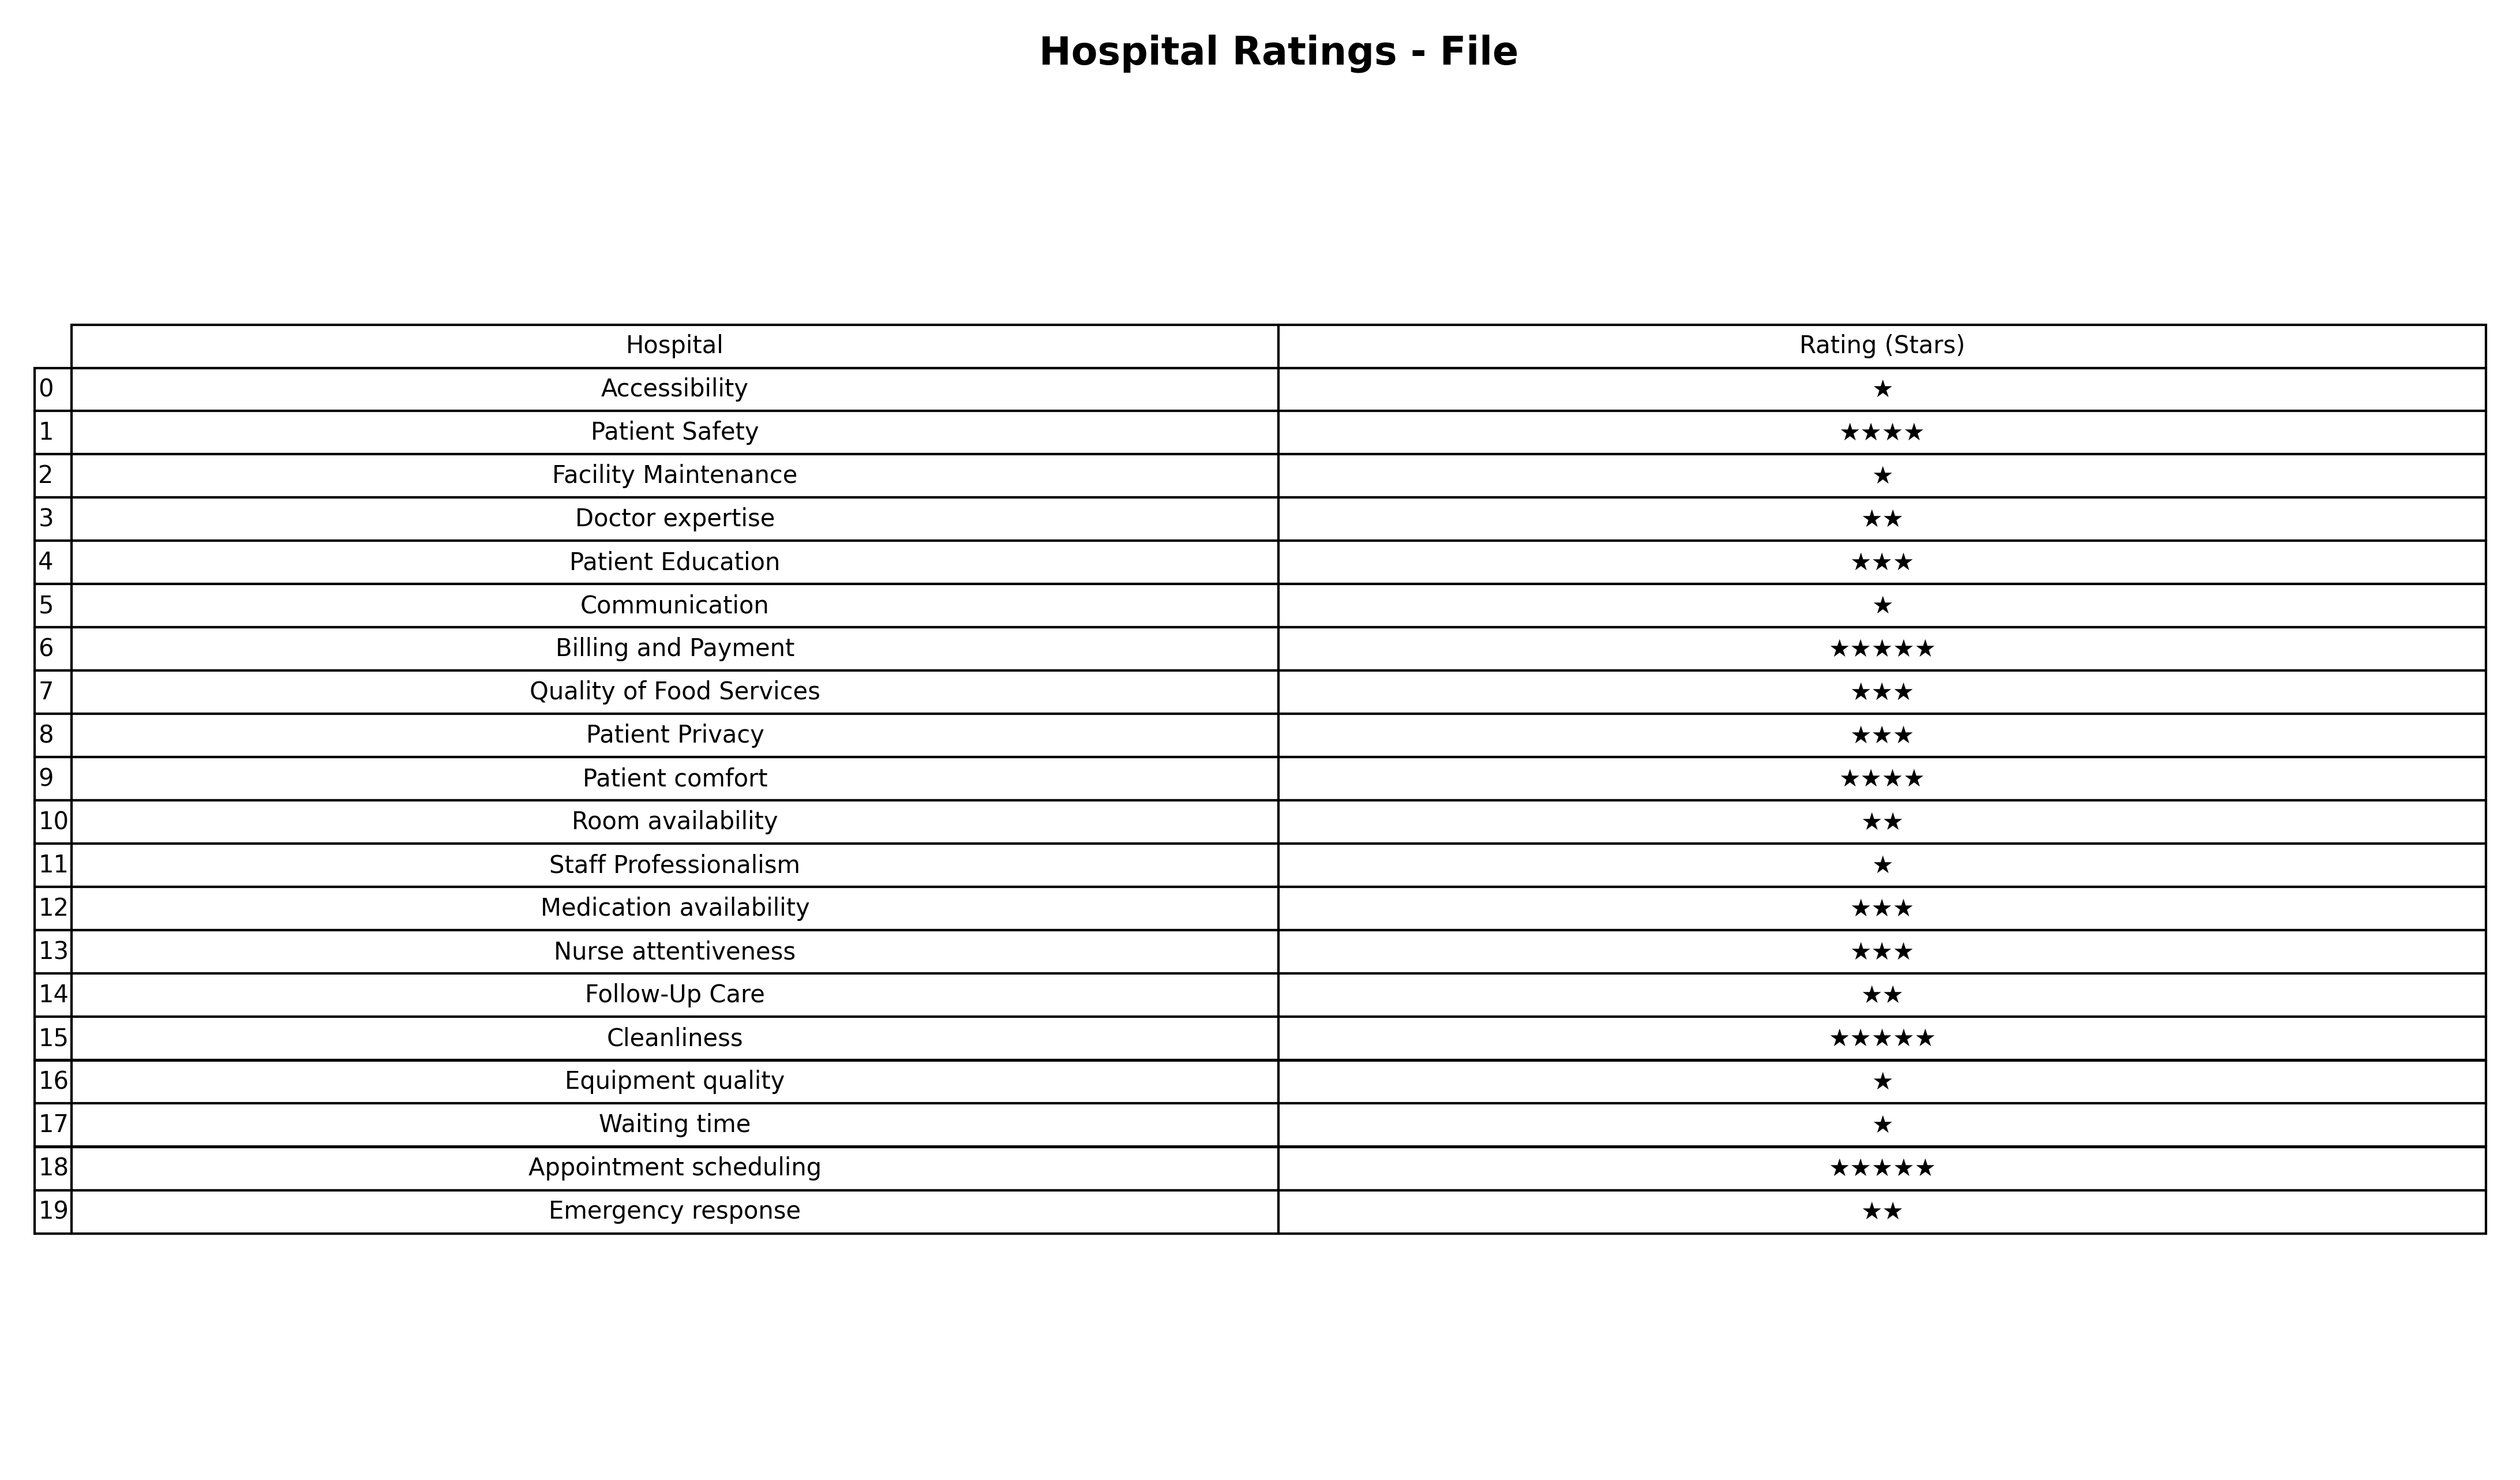
question: What is the rating of Staff Professionalism?
answer: ★